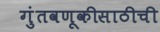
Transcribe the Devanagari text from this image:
गुंतवणूकीसाठीची